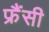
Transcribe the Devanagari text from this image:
फ्रैंसी